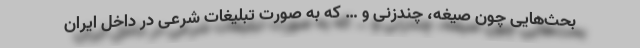
بحث‌هایی چون صیغه، چندزنی و … که به صورت تبلیغات شرعی در داخل ایران